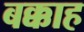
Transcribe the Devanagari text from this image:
बक्काह